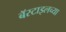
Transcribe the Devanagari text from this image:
बॅस्टाइलच्या